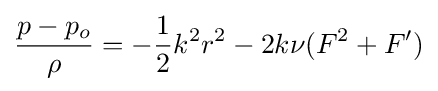
{\frac {p-p_{o}}{\rho }}=-{\frac {1}{2}}k^{2}r^{2}-2k\nu (F^{2}+F')